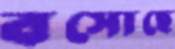
বসোছে